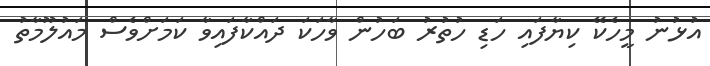
އުޅުނު މީހެކޭ ކިޔާފައި ހަޑި ހުތުރު ބަހުން ވާހަކަ ދައްކާފައިވާ ކަމަށްވެސް މައުލޫމާތު